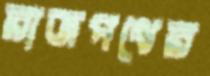
রাজপথের